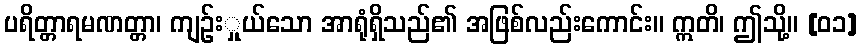
ပရိတ္တာရမဏတ္တာ၊ ကျဉ်းှုယ်သော အာရုံရှိသည်၏ အဖြစ်လည်းကောင်း။ ဣတိ၊ ဤသို့။ [၀၁]